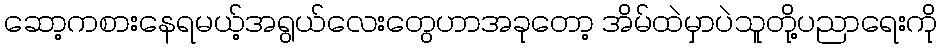
ဆော့ကစားနေရမယ့်အရွယ်လေးတွေဟာအခုတော့ အိမ်ထဲမှာပဲသူတို့ပညာရေးကို